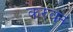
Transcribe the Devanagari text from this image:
करुवन